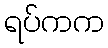
ရပ်ကက